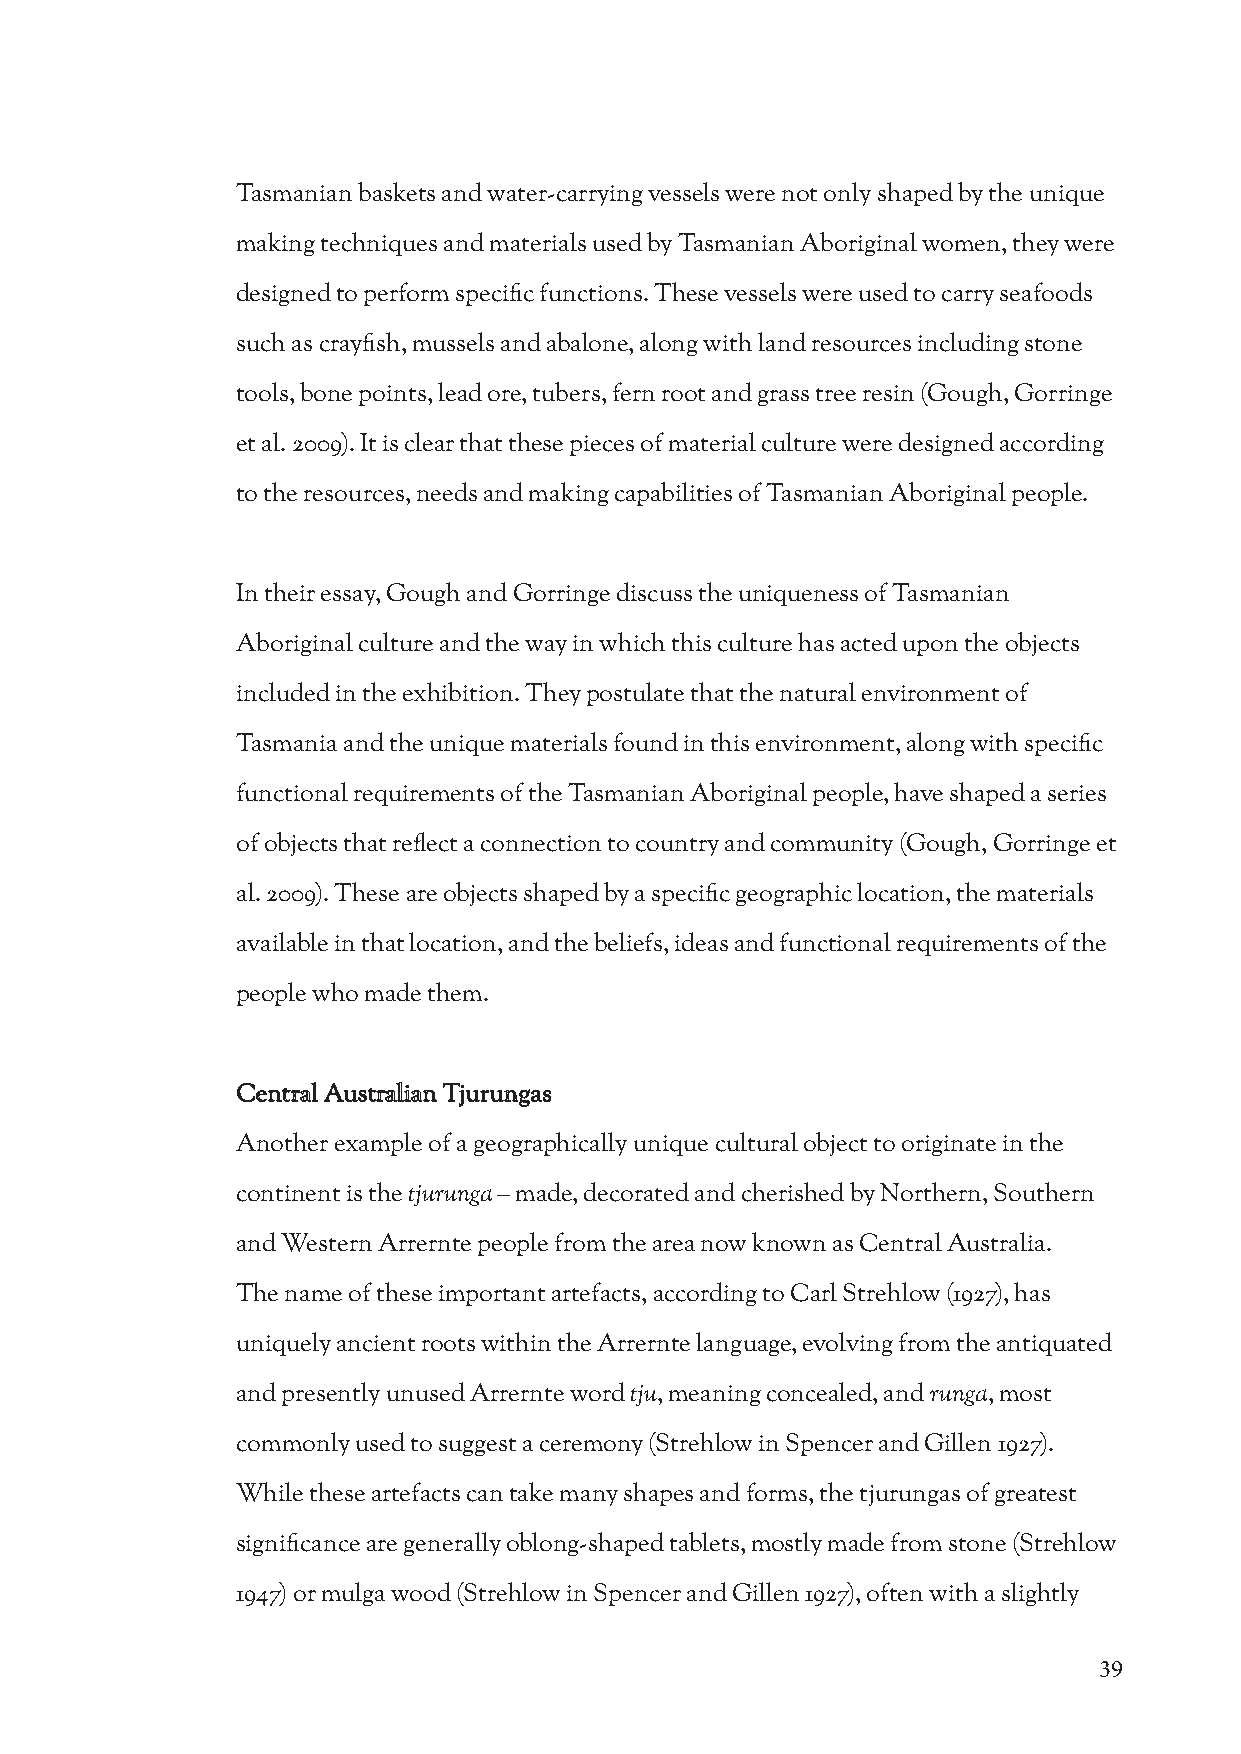
Tasmanian baskets and water-carrying vessels were not only shaped by the unique
 making techniques and materials used by Tasmanian Aboriginal women, they were
 designed to perform specific functions. These vessels were used to carry seafoods
 such as crayfish, mussels and abalone, along with land resources including stone
 tools, bone points, lead ore, tubers, fern root and grass tree resin (Gough, Gorringe
 et al. 2009). It is clear that these pieces of material culture were designed according
 to the resources, needs and making capabilities of Tasmanian Aboriginal people.
 In their essay, Gough and Gorringe discuss the uniqueness of Tasmanian
 Aboriginal culture and the way in which this culture has acted upon the objects
 included in the exhibition. They postulate that the natural environment of
 Tasmania and the unique materials found in this environment, along with specific
 functional requirements of the Tasmanian Aboriginal people, have shaped a series
 of objects that reflect a connection to country and community (Gough, Gorringe et
 al. 2009). These are objects shaped by a specific geographic location, the materials
 available in that location, and the beliefs, ideas and functional requirements of the
 people who made them.
 Central Australian Tjurungas
 Another example of a geographically unique cultural object to originate in the
 continent is the tjurunga – made, decorated and cherished by Northern, Southern
 and Western Arrernte people from the area now known as Central Australia.
 The name of these important artefacts, according to Carl Strehlow (1927), has
 uniquely ancient roots within the Arrernte language, evolving from the antiquated
 and presently unused Arrernte word tju, meaning concealed, and runga, most
 commonly used to suggest a ceremony (Strehlow in Spencer and Gillen 1927).
 While these artefacts can take many shapes and forms, the tjurungas of greatest
 significance are generally oblong-shaped tablets, mostly made from stone (Strehlow
 1947) or mulga wood (Strehlow in Spencer and Gillen 1927), often with a slightly
 39